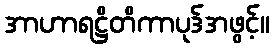
အာဟာရဋ္ဌိတိကာပုဒ်အဖွင့်။